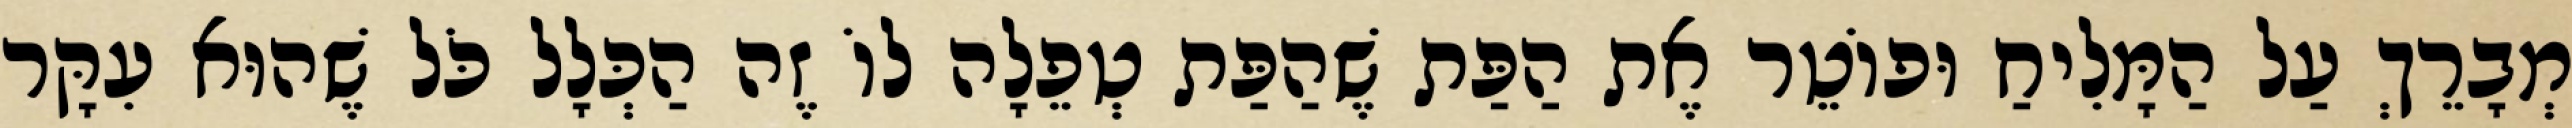
מְבָרֵךְ עַל הַמָּלִיחַ וּפוֹטֵר אֶת הַפַּת שֶׁהַפַּת טְפֵלָה לוֹ זֶה הַכְּלָל כֹּל שֶׁהוּא עִקָּר